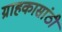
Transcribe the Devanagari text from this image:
ग्राहकासांठी